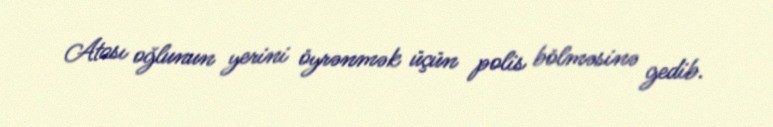
Atası oğlunun yerini öyrənmək üçün polis bölməsinə gedib.